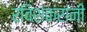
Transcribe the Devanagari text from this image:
रविशंकरांनी